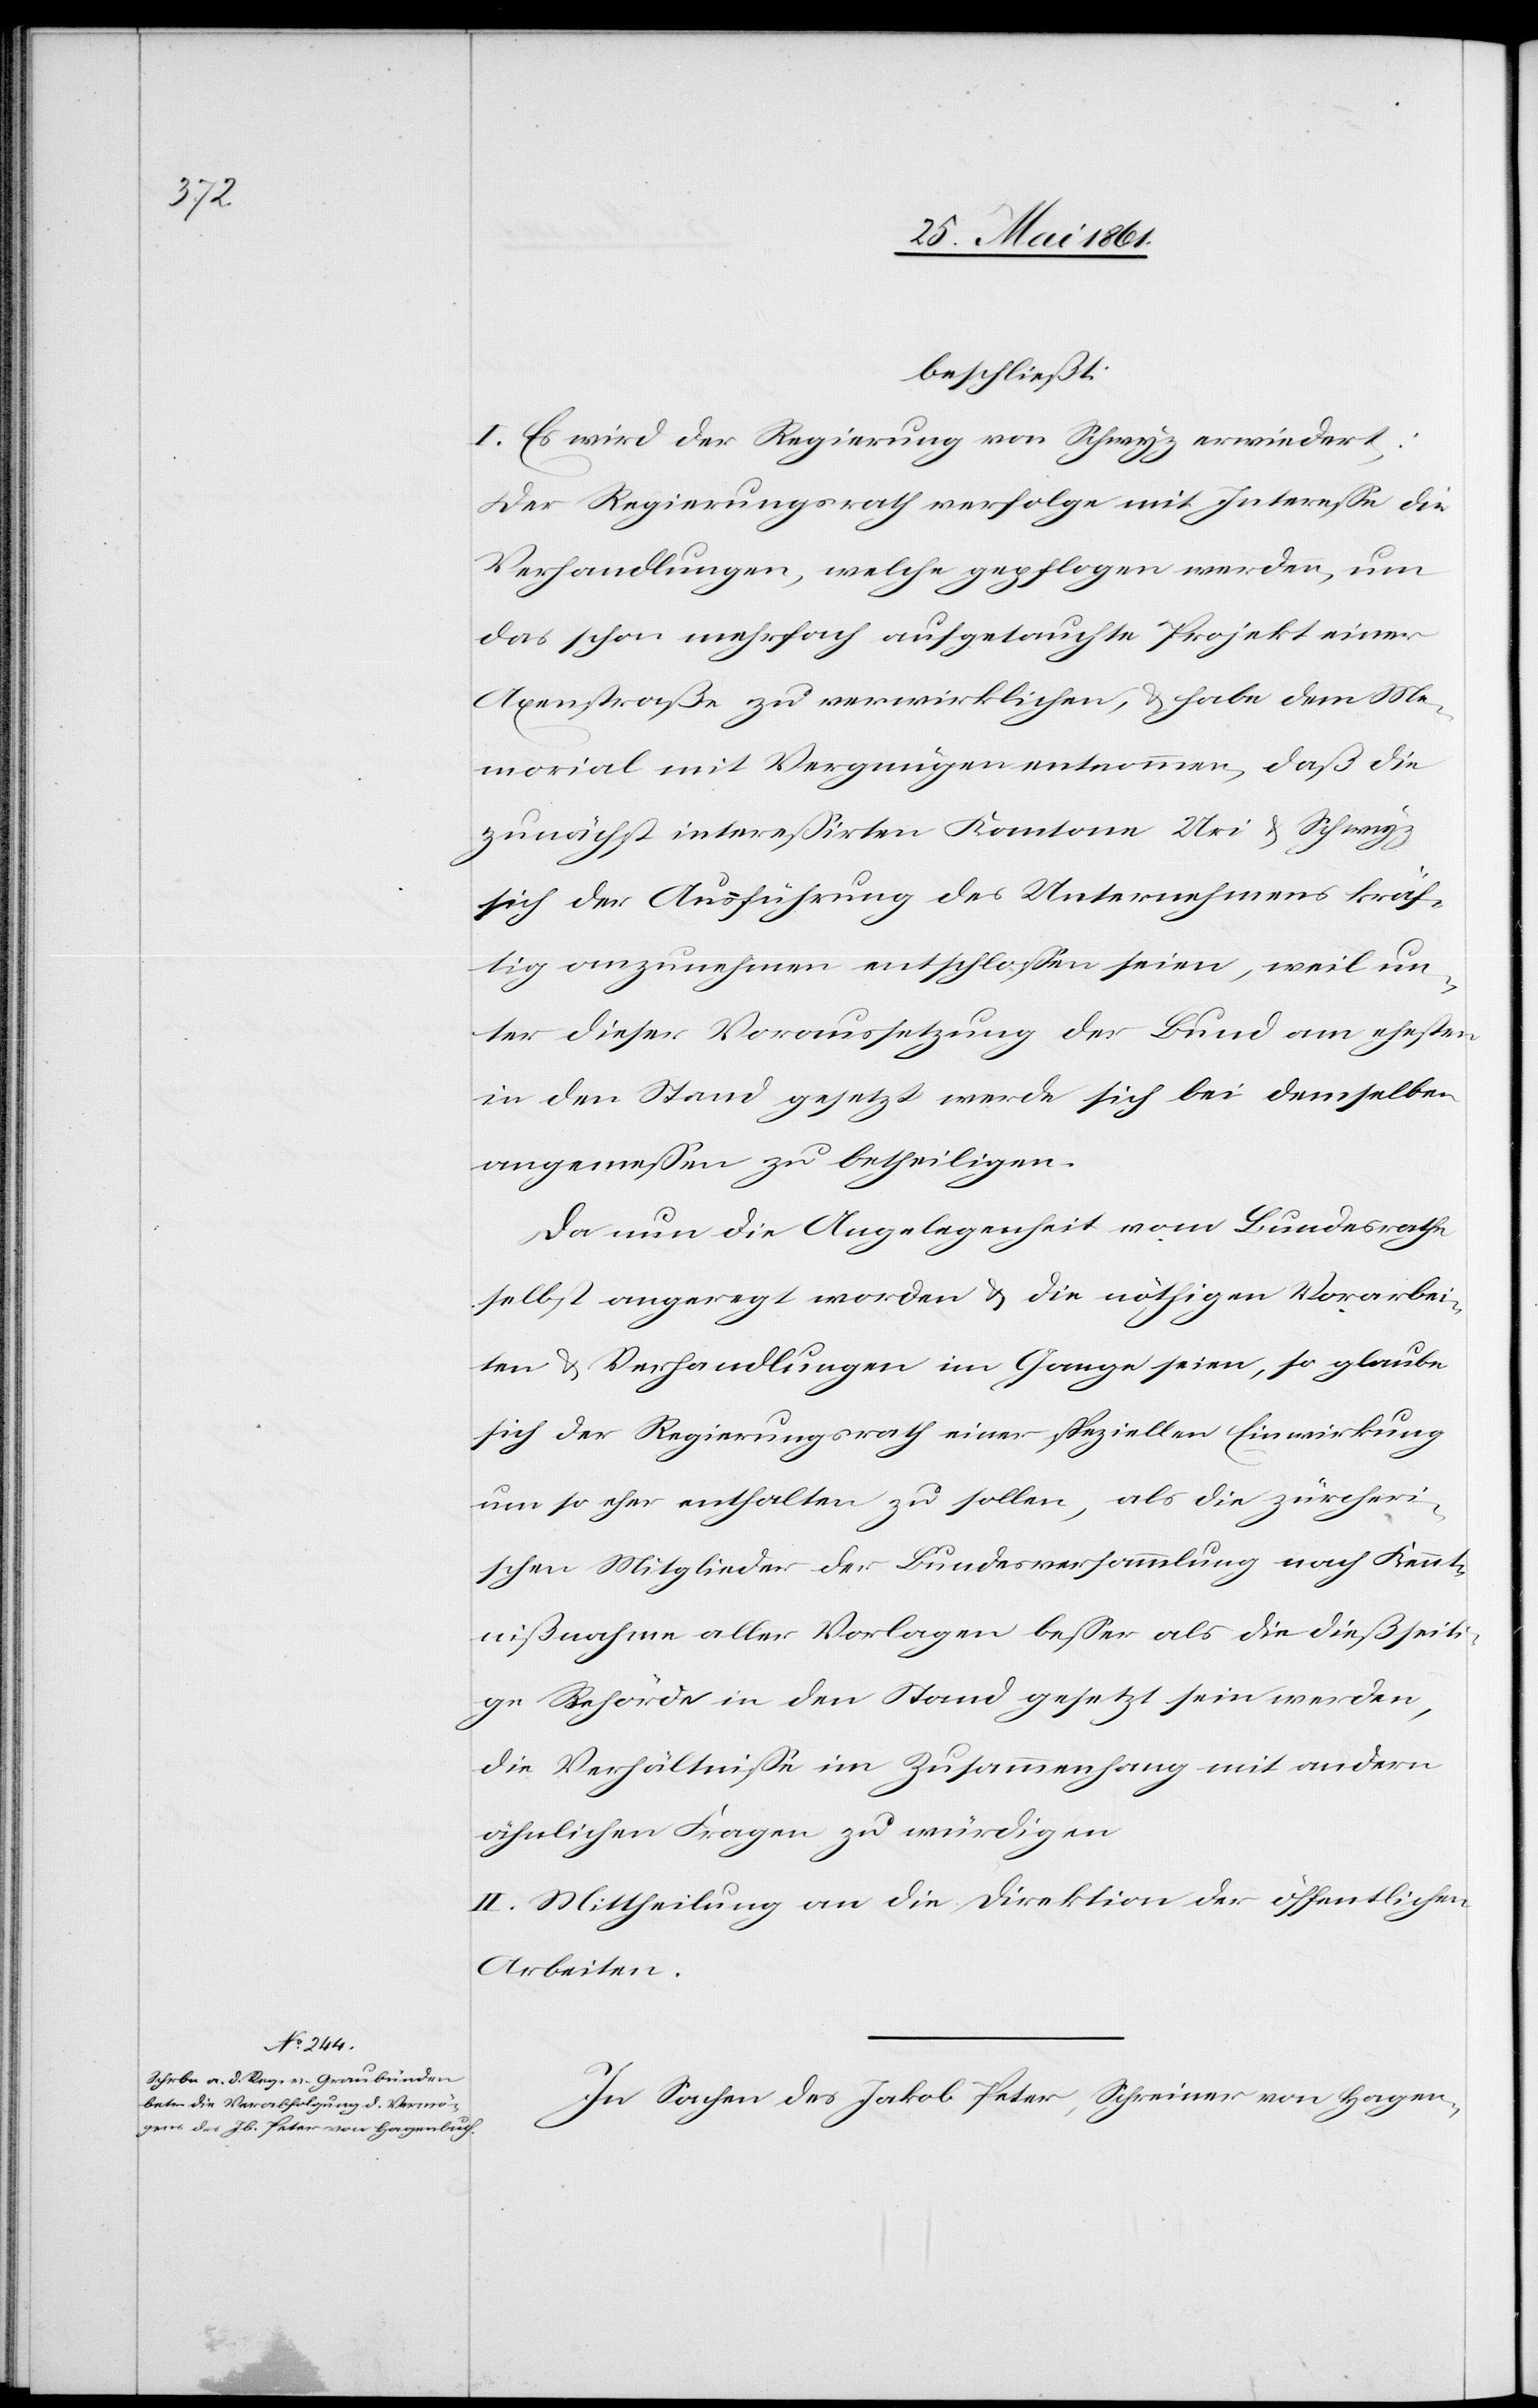
beschließt:
I. Es wird der Regierung von Schwyz erwiedert:
Der Regierungsrath verfolge mit Interesse die
Verhandlungen, welche gepflogen werden, um
das schon mehrfach aufgetauchte Projekt einer
Axenstraße zu verwirklichen, u. habe dem Me¬
morial mit Vergnügen entnommen, daß die
zunächst interessirten Kantone Uri u. Schwyz
sich der Ausführung des Unternehmens kräf¬
tig anzunehmen entschlossen seien, weil un¬
ter dieser Voraussetzung der Bund am ehesten
in den Stand gesetzt werde sich bei demselben
angemessen zu betheiligen.
Da nun die Angelegenheit vom Bundesrathe
selbst angeregt worden u. die nöthigen Vorarbei¬
ten u. Verhandlungen im Gange seien, so glaubte
sich der Regierungsrath einer speziellen Einwirkung
um so eher enthalten zu sollen, als die zürcheri¬
schen Mitglieder der Bundesversammlung nach Kennt¬
nißnahme aller Vorlagen besser als die dießseiti¬
ge Behörde in den Stand gesetzt sein werden,
die Verhältnisse im Zusammenhang mit andern
ähnlichen Fragen zu würdigen.
II. Mittheilung an die Direktion der öffentlichen
Arbeiten.
In Sachen des Jakob Peter, Schreiner von Hagen-